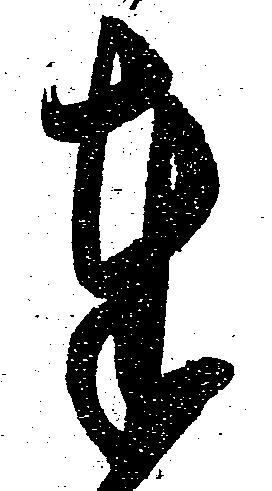
奉